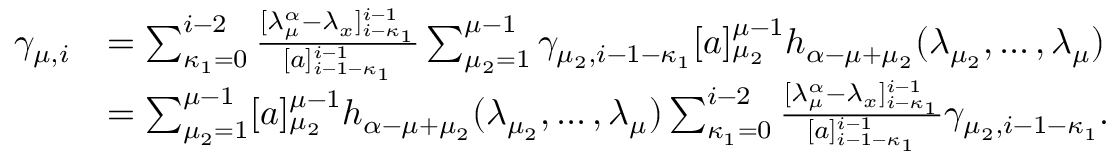
\begin{array} { r l } { \gamma _ { \mu , i } } & { = \sum _ { \kappa _ { 1 } = 0 } ^ { i - 2 } \frac { [ \lambda _ { \mu } ^ { \alpha } - \lambda _ { x } ] _ { i - \kappa _ { 1 } } ^ { i - 1 } } { [ a ] _ { i - 1 - \kappa _ { 1 } } ^ { i - 1 } } \sum _ { \mu _ { 2 } = 1 } ^ { \mu - 1 } \gamma _ { \mu _ { 2 } , i - 1 - \kappa _ { 1 } } [ a ] _ { \mu _ { 2 } } ^ { \mu - 1 } h _ { \alpha - \mu + \mu _ { 2 } } ( \lambda _ { \mu _ { 2 } } , \ldots , \lambda _ { \mu } ) } \\ & { = \sum _ { \mu _ { 2 } = 1 } ^ { \mu - 1 } [ a ] _ { \mu _ { 2 } } ^ { \mu - 1 } h _ { \alpha - \mu + \mu _ { 2 } } ( \lambda _ { \mu _ { 2 } } , \ldots , \lambda _ { \mu } ) \sum _ { \kappa _ { 1 } = 0 } ^ { i - 2 } \frac { [ \lambda _ { \mu } ^ { \alpha } - \lambda _ { x } ] _ { i - \kappa _ { 1 } } ^ { i - 1 } } { [ a ] _ { i - 1 - \kappa _ { 1 } } ^ { i - 1 } } \gamma _ { \mu _ { 2 } , i - 1 - \kappa _ { 1 } } . } \end{array}